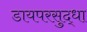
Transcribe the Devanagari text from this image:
डायपरसुद्धा